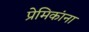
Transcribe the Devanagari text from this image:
प्रेमिकांना